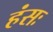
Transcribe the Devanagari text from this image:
हंसः